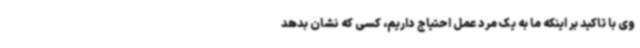
وی با تاکید بر اینکه ما به یک مرد عمل احتیاج داریم، کسی که نشان بدهد